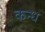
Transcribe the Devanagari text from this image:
कन्ध